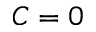
C = 0